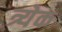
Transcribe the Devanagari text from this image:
त्र्येक